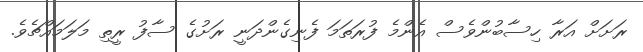
ރަށަށް އަރާ ހިސާބުންވެސް އެންމެ ފުރަތަމަ ފެނިގެންދަނީ ރަށުގެ ސާފު ރީތި މަލަމައްޗެވެ.